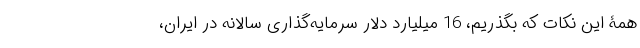
همۀ این نکات که بگذریم، 16 میلیارد دلار سرمایه‌گذاری سالانه در ایران،